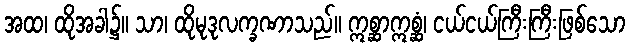
အထ၊ ထိုအခါ၌။ သာ၊ ထိုမုဒုလက္ခဏာသည်။ ဣစ္ဆာဣစ္ဆံ၊ ငယ်ငယ်ကြီးကြီးဖြစ်သော